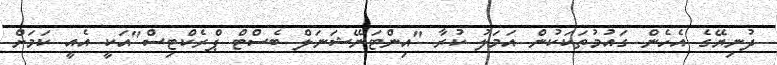
ދުނިޔޭގެ އެހެން ގައުމުތަކަކުން އަމަލު ކުރާ "އިންޓަނޭޝަނަލް ބެސްޓް ޕްރެކްޓިސް"އަކީ އެއީ ކަމަށް